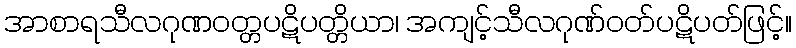
အာစာရသီလဂုဏဝတ္တပဋိပတ္တိယာ၊ အကျင့်သီလဂုဏ်ဝတ်ပဋိပတ်ဖြင့်။